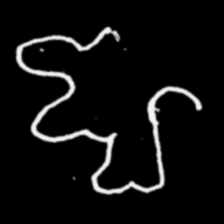
Pyu character \u2014 Myanmar letter: ဈ (romanized: jha)